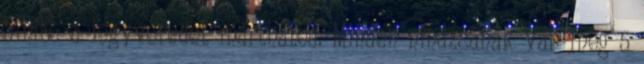
amibe a fegyveredet márthatod. Minden nindzsának van még 5